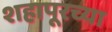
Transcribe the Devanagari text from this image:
शहापूरच्या